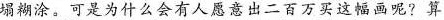
塌糊涂，可是为什么会有人愿意出二百万买这幅画呢?算